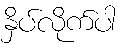
နှိပ်လိုက်ပါ